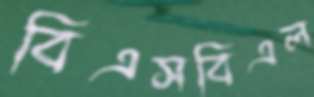
বিএসবিএল